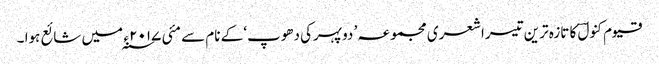
قیوم کنولؔ کا تازہ ترین تیسراشعری مجموعہ ’ دوپہرکی دھوپ‘ کے نام سے مئی ۲۰۱۷ ء ؁ میں شائع ہوا ۔